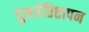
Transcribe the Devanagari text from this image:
पुनर्प्रतिष्ठापन